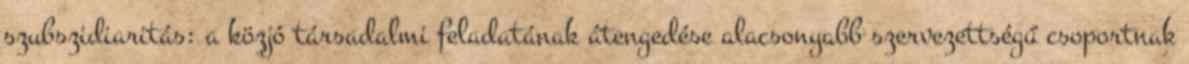
szubszidiaritás: a közjó társadalmi feladatának átengedése alacsonyabb szervezettségű csoportnak